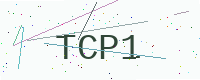
Text: TCP1